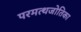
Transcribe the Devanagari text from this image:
परमत्थजोतिका